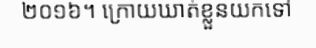
២០១៦។ ក្រោយឃាត់ខ្លួនយកទៅ